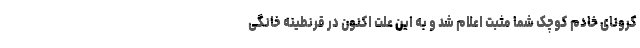
کرونای خادم کوچک شما مثبت اعلام شد و به این علت اکنون در قرنطینه خانگی